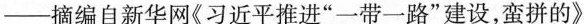
——摘编自新华网《习近平推进“一带一路”建设，蛮拼的》